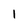
Character: 1